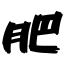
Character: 肥